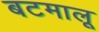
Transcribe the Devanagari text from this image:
बटमालू